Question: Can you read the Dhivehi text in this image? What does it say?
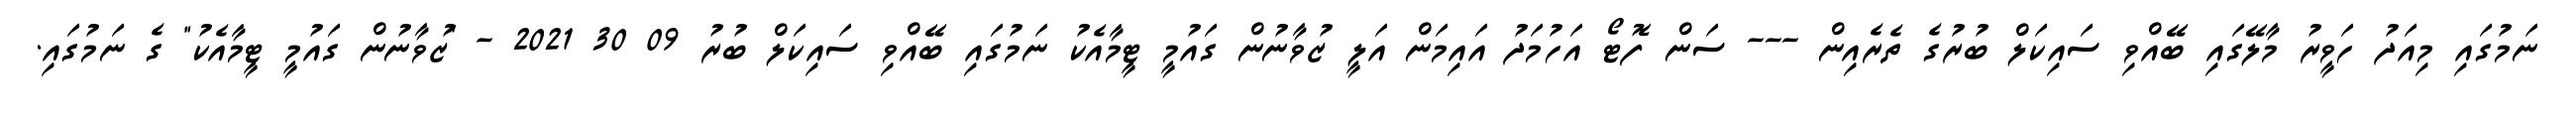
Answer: ނަމުގައި މިއަދު ހަވީރު މާލޭގައި ބޭއްވި ސައިކަލް ބުރުގެ ތެރެއިން --- ސަން ފޮޓޯ އަހުމަދު އައިމަން އަލީ ޒުވާނުން ގައުމީ ޓީމާއެކު ނަމުގައި ބޭއްވި ސައިކަލް ބުރު 09 30 2021 - "ޒުވާނުން ގައުމީ ޓީމާއެކު" ގެ ނަމުގައި.